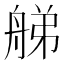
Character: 䑯